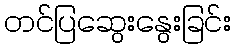
တင်ပြဆွေးနွေးခြင်း